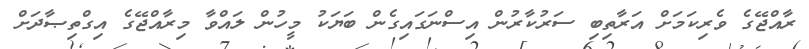
ރާއްޖޭގެ ވެރިކަމަށް އަރާތިބި ސަރުކާރުން އިސްނަގައިގެން ބަޔަކު މީހުން ލައްވާ މިރާއްޖޭގެ އިގްތިޞާދަށް